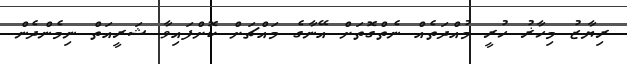
ރިޔާޒު މިހާޜު ހުރީ މުއްދަތެއް ނެތްގޮތަށް އޭނާގެ މައްޗަށް ކޮށްފައިވާ ޝަރީއަތް ނިމެންދެން